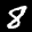
Label: 8